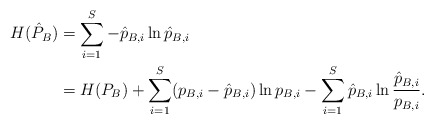
\begin{align*}H(\hat{P}_B) & = \sum_{i = 1}^S-\hat{p}_{B,i} \ln \hat{p}_{B,i} \\& = H(P_B) + \sum_{i =1}^S (p_{B,i} - \hat{p}_{B,i}) \ln p_{B,i} - \sum_{i = 1}^S \hat{p}_{B,i} \ln \frac{\hat{p}_{B,i}}{p_{B,i}}.\end{align*}